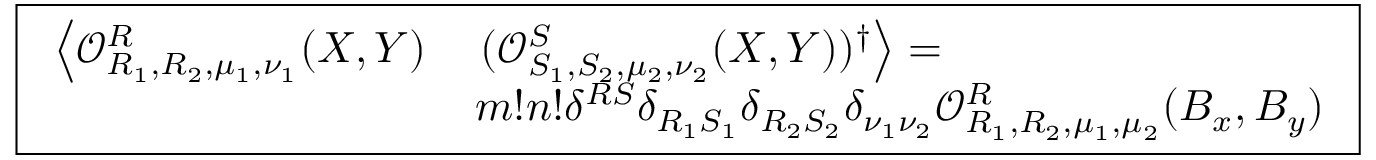
\boxed { \begin{array} { r l } { \left\langle \mathcal { O } _ { R _ { 1 } , R _ { 2 } , \mu _ { 1 } , \nu _ { 1 } } ^ { R } ( X , Y ) \right. } & { \left. ( \mathcal { O } _ { S _ { 1 } , S _ { 2 } , \mu _ { 2 } , \nu _ { 2 } } ^ { S } ( X , Y ) ) ^ { \dagger } \right\rangle = } \\ & { m ! n ! \delta ^ { R S } \delta _ { R _ { 1 } S _ { 1 } } \delta _ { R _ { 2 } S _ { 2 } } \delta _ { \nu _ { 1 } \nu _ { 2 } } \mathcal { O } _ { R _ { 1 } , R _ { 2 } , \mu _ { 1 } , \mu _ { 2 } } ^ { R } ( B _ { x } , B _ { y } ) } \end{array} }